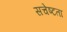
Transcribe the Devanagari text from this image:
सचेष्टता